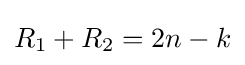
R_{1}+R_{2}=2n-k